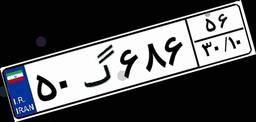
۵۰گ۶۸۶۵۶